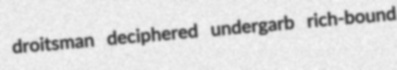
droitsman deciphered undergarb rich-bound